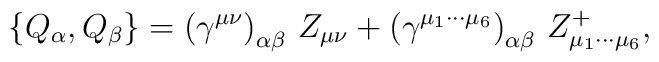
\left\{ Q_\alpha ,Q_\beta \right\} =\left( \gamma ^{\mu \nu }\right)_{\alpha \beta }\,Z_{\mu \nu }+\left( \gamma ^{\mu _1\cdots \mu _6}\right)_{\alpha \beta }\,Z_{\mu _1\cdots \mu _6}^{+},